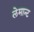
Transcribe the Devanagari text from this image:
लेमान्ट